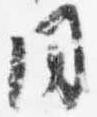
同